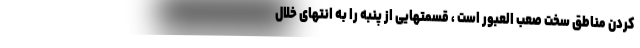
کردن مناطق سخت صعب العبور است ، قسمتهایی از پنبه را به انتهای خلال